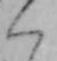
く